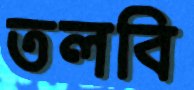
তলবি